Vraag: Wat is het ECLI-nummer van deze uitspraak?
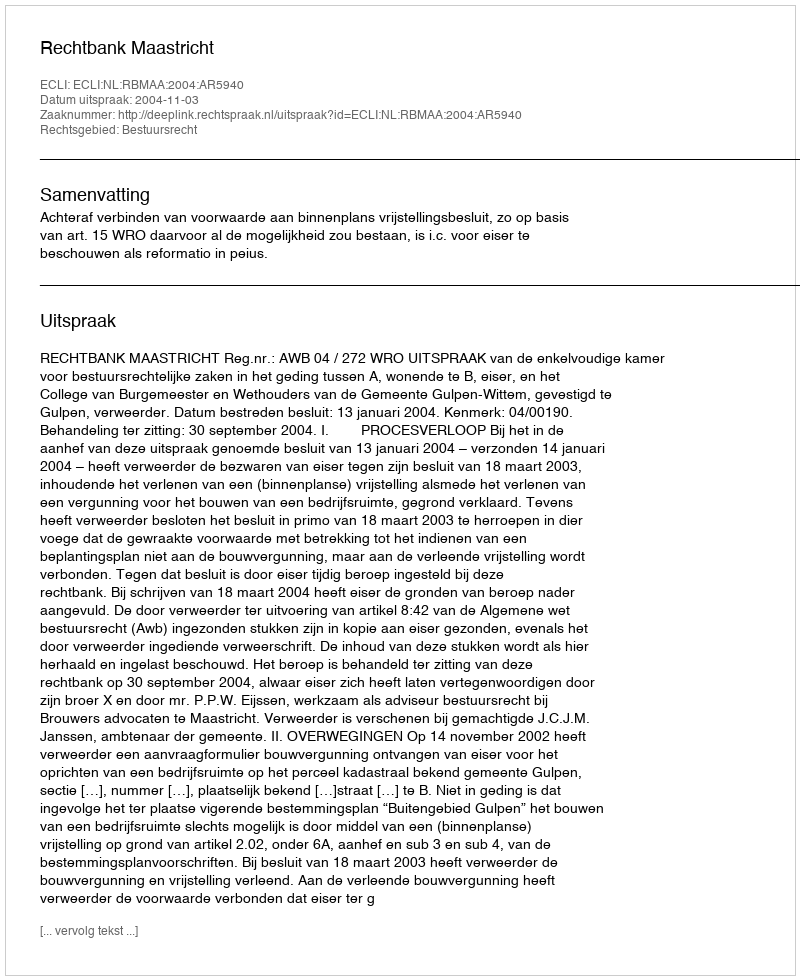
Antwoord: ECLI:NL:RBMAA:2004:AR5940